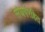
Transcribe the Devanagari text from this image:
संघर्षरहित